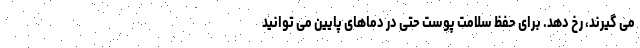
می گیرند، رخ دهد. برای حفظ سلامت پوست حتی در دماهای پایین می توانید